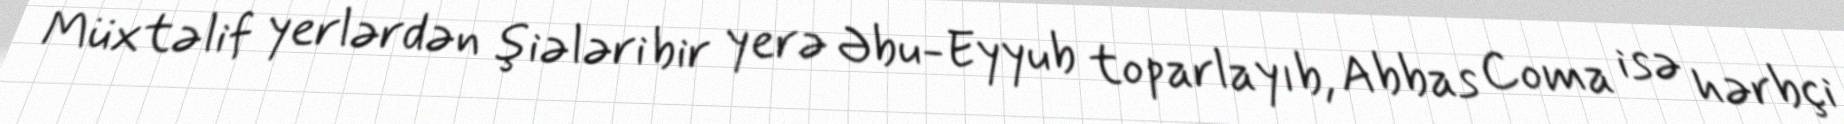
Müxtəlif yerlərdən şiələri bir yerə Əbu-Eyyub toparlayıb, Abbas Coma isə hərbçi